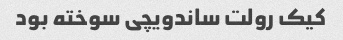
کیک رولت ساندویچی سوخته بود